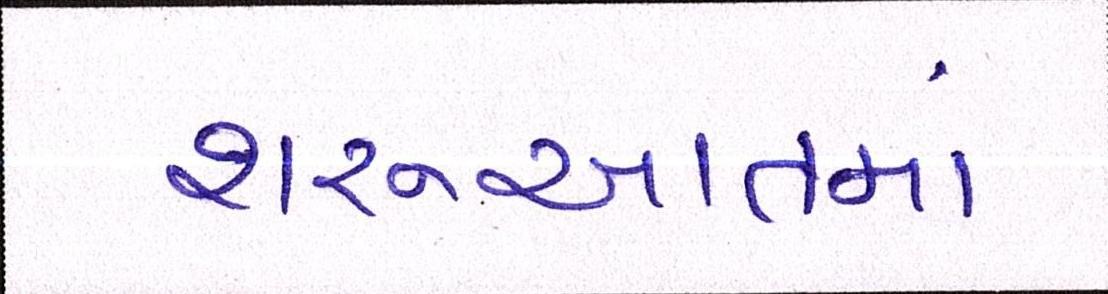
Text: શરૂઆતમાં